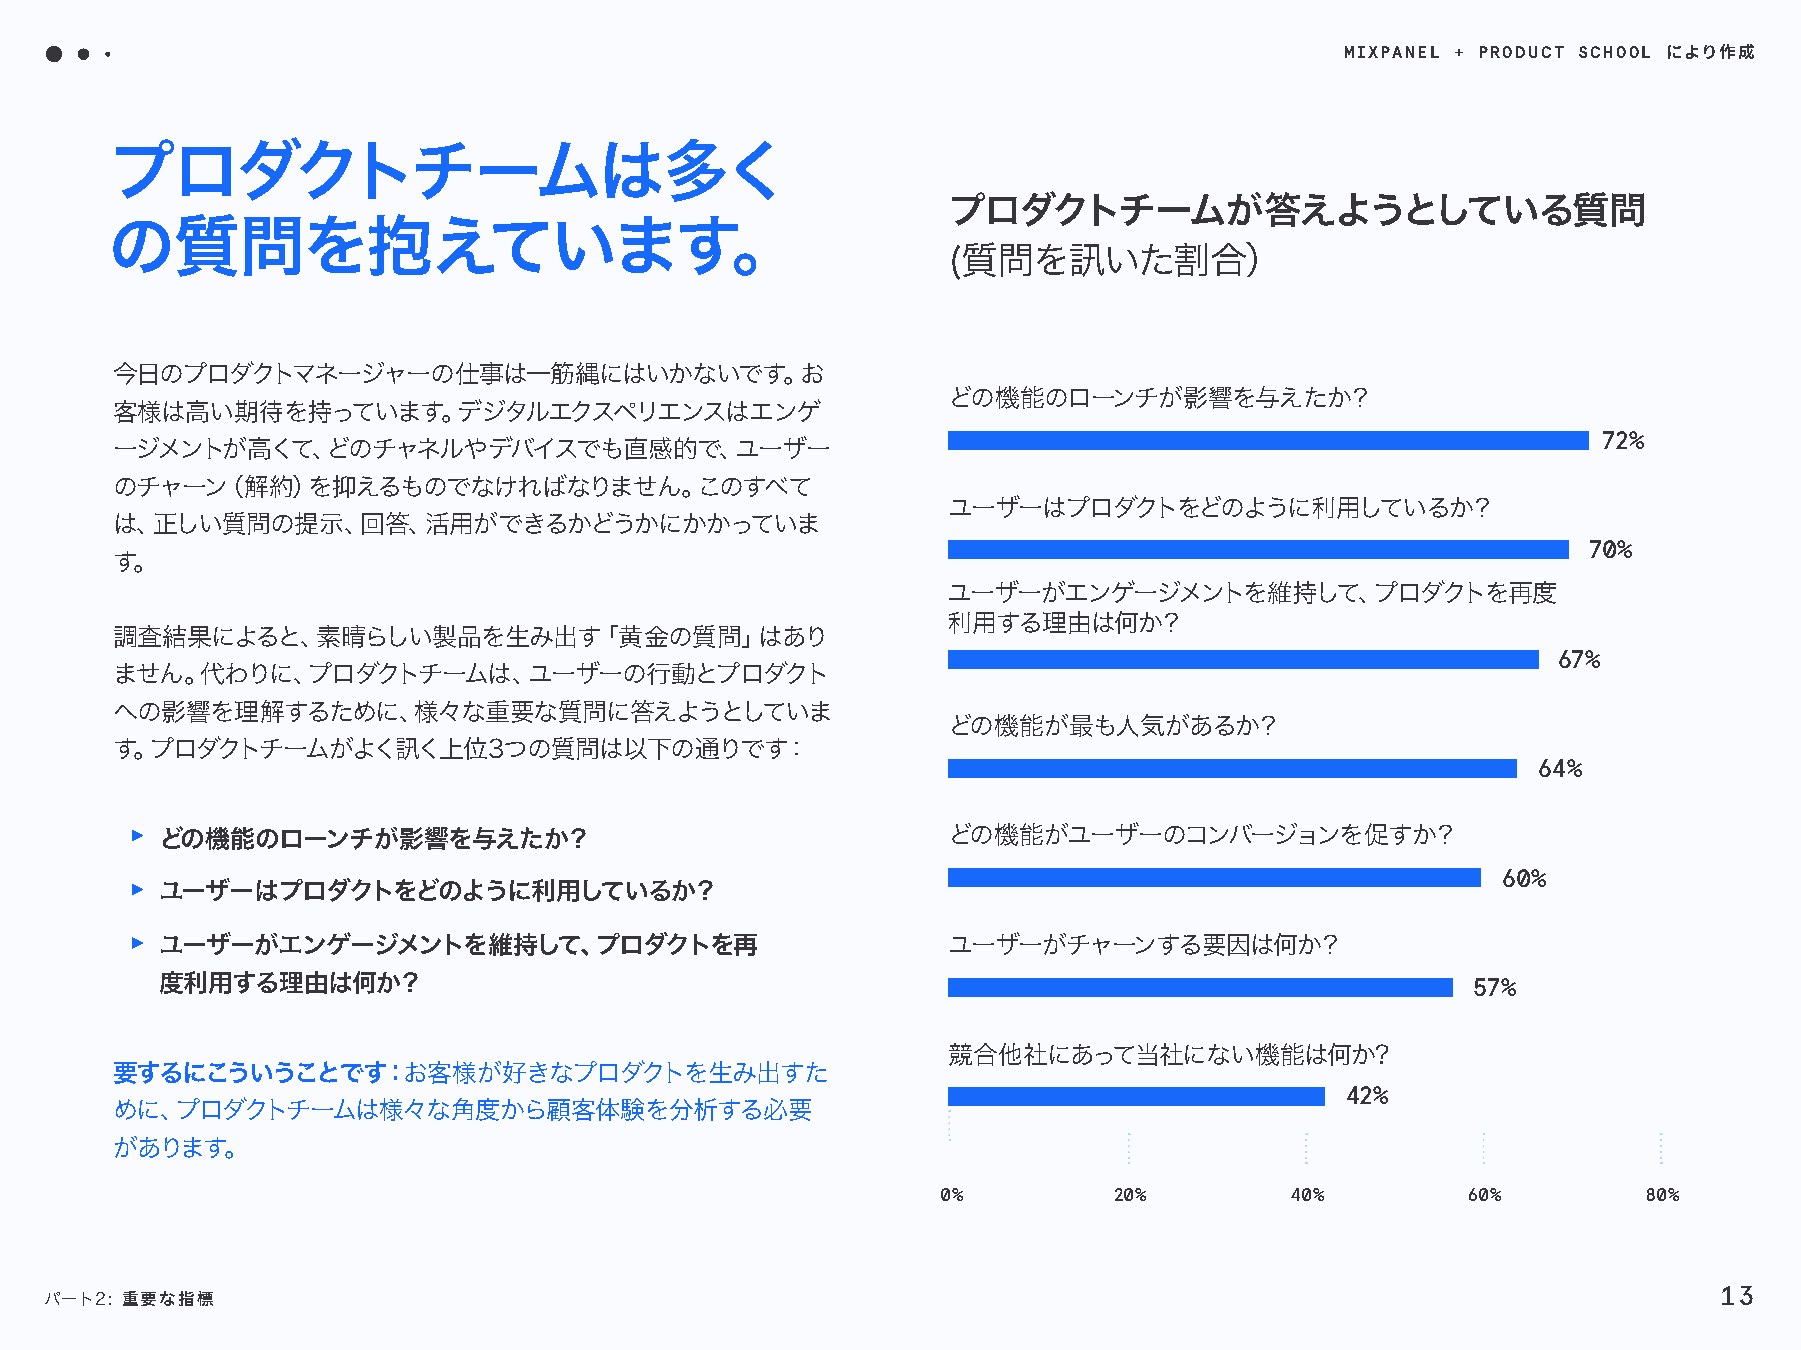
MIXPANEL + PRODUCT SCHOOL
 により作成
 プロダクトチームは多く
 プロダクトチームが答えようとしている質問
 の質問を抱えています。
 (質問を訊いた割合）
 今日のプロダクトマネージャーの仕事は一筋縄にはいかないです。お
 どの機能のローンチが影響を与えたか？
 客様は高い期待を持っています。デジタルエクスペリエンスはエンゲ
 72%
 ージメントが高くて、どのチャネルやデバイスでも直感的で、ユーザー
 のチャーン（解約）を抑えるものでなければなりません。このすべて
 ユーザーはプロダクトをどのように利用しているか？
 は、正しい質問の提示、回答、活用ができるかどうかにかかっていま
 70%
 す。
 ユーザーがエンゲージメントを維持して、プロダクトを再度
 利用する理由は何か？
 調査結果によると、素晴らしい製品を生み出す「黄金の質問」はあり
 67%
 ません。代わりに、プロダクトチームは、ユーザーの行動とプロダクト
 への影響を理解するために、様々な重要な質問に答えようとしていま
 どの機能が最も人気があるか？
 す。プロダクトチームがよく訊く上位3つの質問は以下の通りです：
 64%
 どの機能のローンチが影響を与えたか？                                   どの機能がユーザーのコンバージョンを促すか？
 60%
 ユーザーはプロダクトをどのように利用しているか？
 ユーザーがエンゲージメントを維持して、プロダクトを再                           ユーザーがチャーンする要因は何か？
 度利用する理由は何か？                                                                            57%
 競合他社にあって当社にない機能は何か?
 要するにこういうことです：お客様が好きなプロダクトを生み出すた
 42%
 めに、プロダクトチームは様々な角度から顧客体験を分析する必要
 があります。
 0%          20%        40%         60%         80%
 13
 パート2: 重要な指標